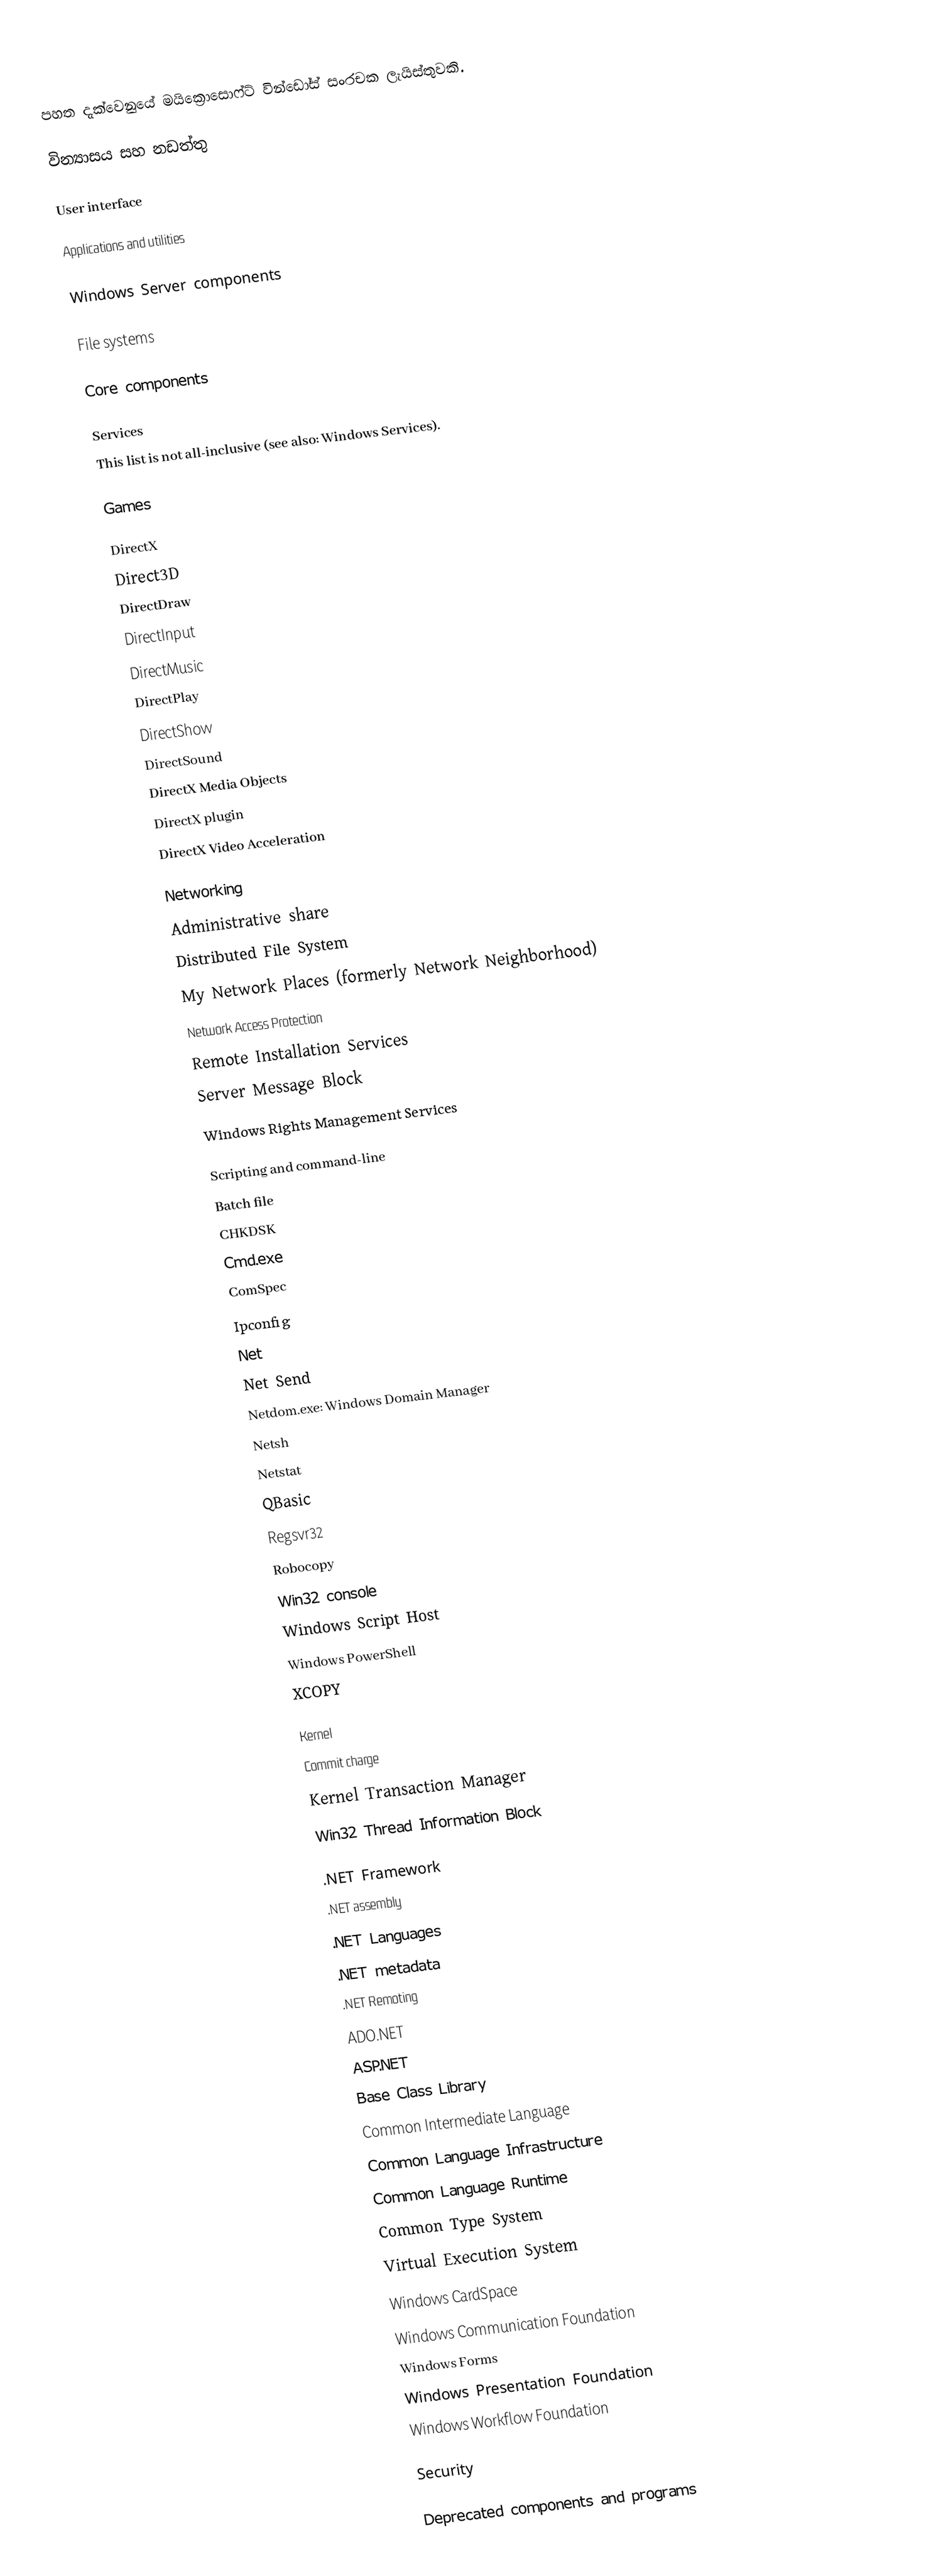
පහත දැක්වෙනුයේ මයික්‍රොසොෆ්ට් වින්ඩෝස් සංරචක ලැයිස්තුවකි.

වින්‍යාසය සහ නඩත්තු

User interface

Applications and utilities

Windows Server components

File systems

Core components

Services
This list is not all-inclusive (see also: Windows Services).

Games

DirectX
 Direct3D
 DirectDraw
 DirectInput
 DirectMusic
 DirectPlay
 DirectShow
 DirectSound
 DirectX Media Objects
 DirectX plugin
 DirectX Video Acceleration

Networking
 Administrative share
 Distributed File System
 My Network Places (formerly Network Neighborhood)
 Network Access Protection
 Remote Installation Services
 Server Message Block
 Windows Rights Management Services

Scripting and command-line
 Batch file
 CHKDSK
 Cmd.exe
 ComSpec
 Ipconfig
 Net
 Net Send
 Netdom.exe: Windows Domain Manager
 Netsh
 Netstat
 QBasic
 Regsvr32
 Robocopy
 Win32 console
 Windows Script Host
 Windows PowerShell
 XCOPY

Kernel
 Commit charge
 Kernel Transaction Manager
 Win32 Thread Information Block

.NET Framework
 .NET assembly
 .NET Languages
 .NET metadata
 .NET Remoting
 ADO.NET
 ASP.NET
 Base Class Library
 Common Intermediate Language
 Common Language Infrastructure
 Common Language Runtime
 Common Type System
 Virtual Execution System
 Windows CardSpace
 Windows Communication Foundation
 Windows Forms
 Windows Presentation Foundation
 Windows Workflow Foundation

Security

Deprecated components and programs